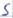
Text: S